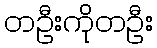
တဦးကိုတဦး